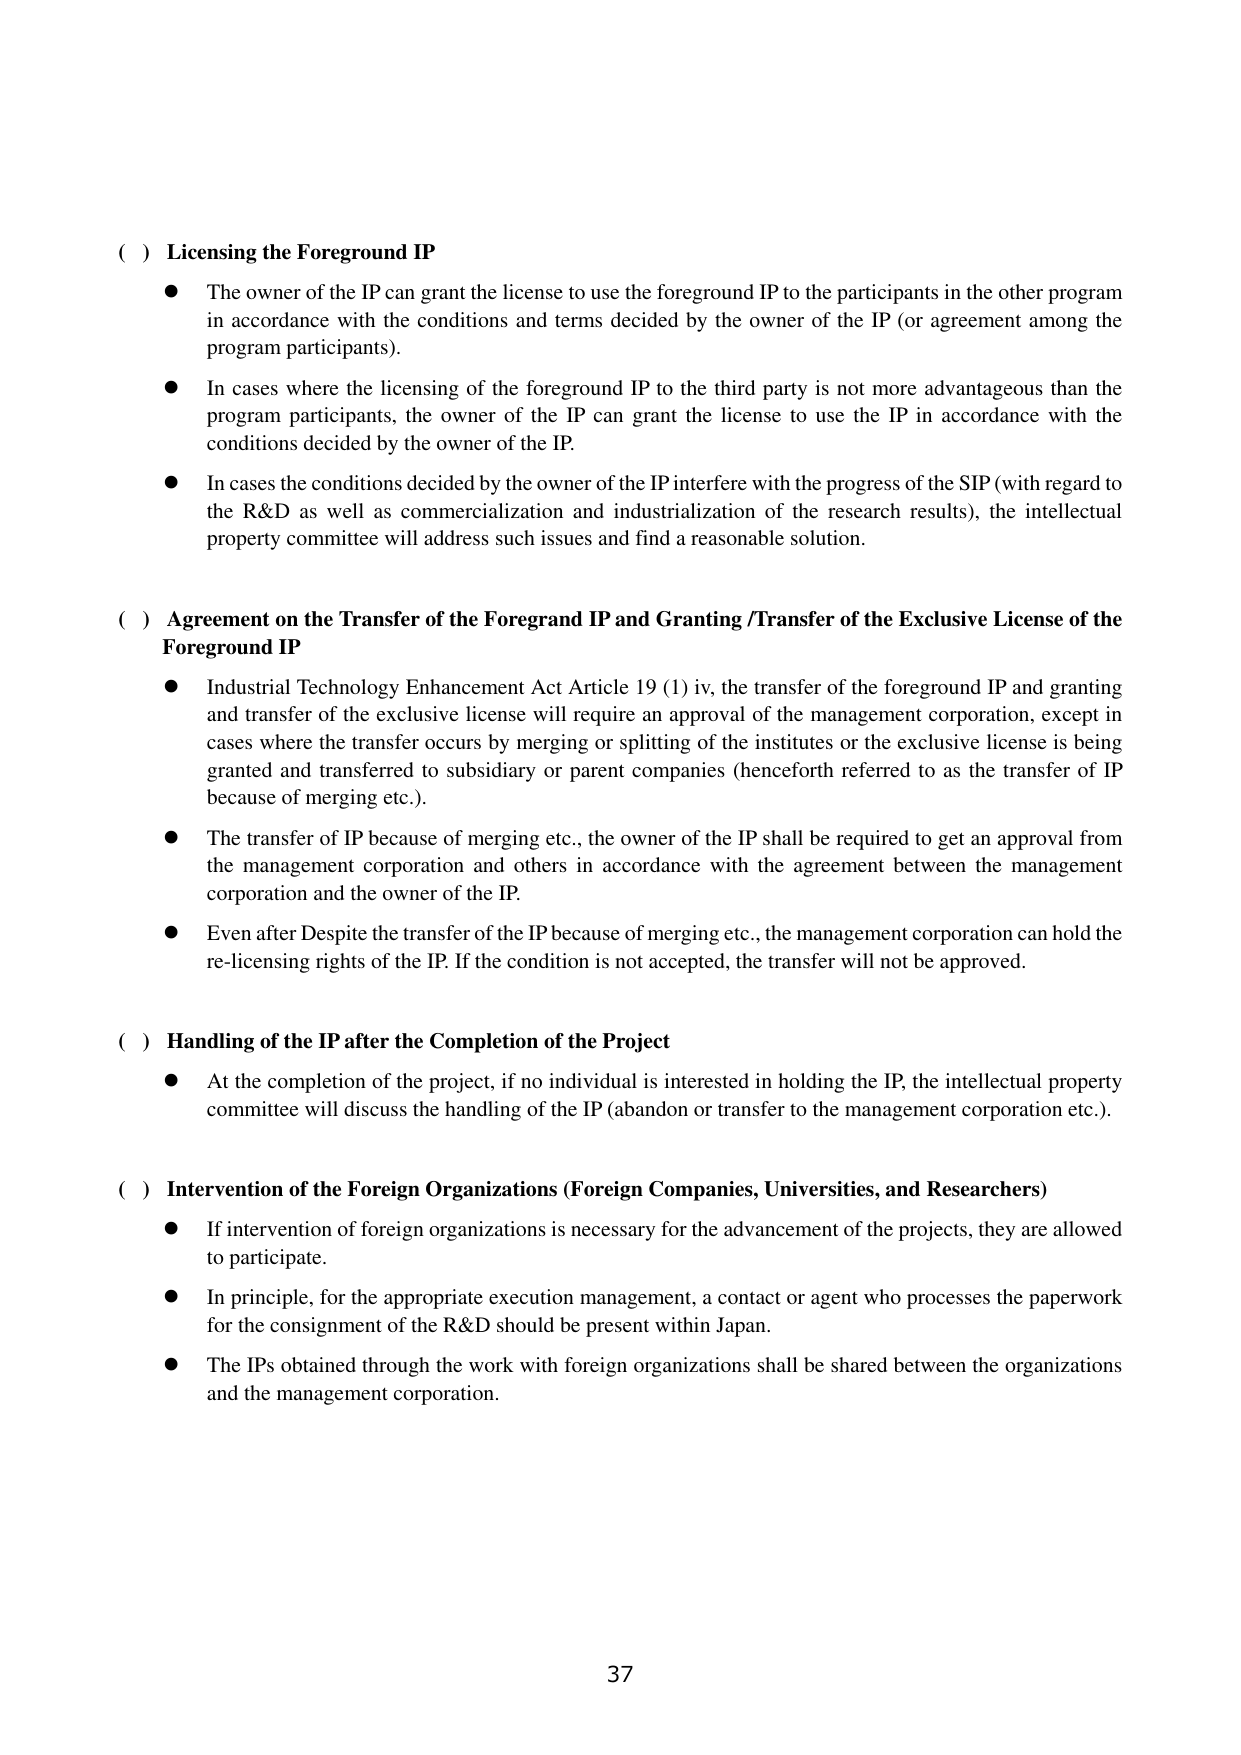
( ) Licensing the Foreground IP
● The owner of the IP can grant the license to use the foreground IP to the participants in the other program in accordance with the conditions and terms decided by the owner of the IP (or agreement among the program participants).
● In cases where the licensing of the foreground IP to the third party is not more advantageous than the program participants, the owner of the IP can grant the license to use the IP in accordance with the conditions decided by the owner of the IP.
● In cases the conditions decided by the owner of the IP interfere with the progress of the SIP (with regard to the R&D as well as commercialization and industrialization of the research results), the intellectual property committee will address such issues and find a reasonable solution.

( ) Agreement on the Transfer of the Foregrand IP and Granting /Transfer of the Exclusive License of the Foreground IP
● Industrial Technology Enhancement Act Article 19 (1) iv, the transfer of the foreground IP and granting and transfer of the exclusive license will require an approval of the management corporation, except in cases where the transfer occurs by merging or splitting of the institutes or the exclusive license is being granted and transferred to subsidiary or parent companies (henceforth referred to as the transfer of IP because of merging etc.).
● The transfer of IP because of merging etc., the owner of the IP shall be required to get an approval from the management corporation and others in accordance with the agreement between the management corporation and the owner of the IP.
● Even after Despite the transfer of the IP because of merging etc., the management corporation can hold the re-licensing rights of the IP. If the condition is not accepted, the transfer will not be approved.

( ) Handling of the IP after the Completion of the Project
● At the completion of the project, if no individual is interested in holding the IP, the intellectual property committee will discuss the handling of the IP (abandon or transfer to the management corporation etc.).

( ) Intervention of the Foreign Organizations (Foreign Companies, Universities, and Researchers)
● If intervention of foreign organizations is necessary for the advancement of the projects, they are allowed to participate.
● In principle, for the appropriate execution management, a contact or agent who processes the paperwork for the consignment of the R&D should be present within Japan.
● The IPs obtained through the work with foreign organizations shall be shared between the organizations and the management corporation.

37